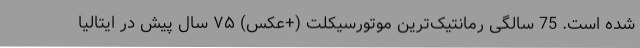
شده است. 75 سالگی رمانتیک‌ترین موتورسیکلت (+عکس) ۷۵ سال پیش در ایتالیا